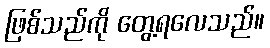
ဖြစ်သည်ကို တွေ့ရလေသည်။